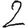
Digit: 2